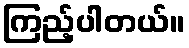
ကြည့်ပါတယ်။